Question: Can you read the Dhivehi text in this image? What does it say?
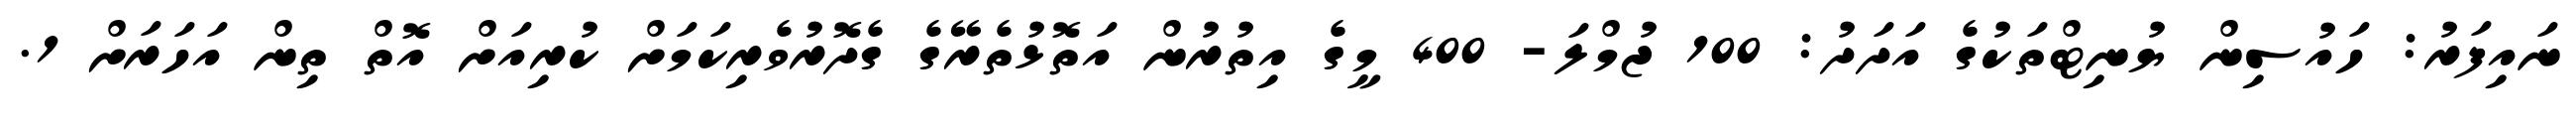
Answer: ނައިފަރު: ހައުސިން ޔުނިޓްތަކުގެ އަދަދު: 100 ޖުމްލަ- 400 މީގެ އިތުރުން އަތޮޅުތެރޭގެ ގެދޮރުވެރިކަމަށް ކުރިއަށް އޮތް ތިން އަހަރަށް 1.